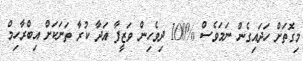
މިގޮތަށް ހަދައިގެން ނަމަވެސް %100 ދިވެހިން ވަޒީފާ އަދާ ކުރާ ތަނަކަށް އިބްރާހިމް